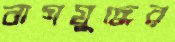
বাগযুদ্ধের